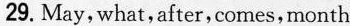
29. May, what,after,comes, month